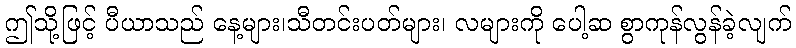
ဤသို့ဖြင့် ပီယာသည် နေ့များ၊သီတင်းပတ်များ၊ လများကို ပေါ့ဆ စွာကုန်လွန်ခဲ့လျက်